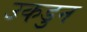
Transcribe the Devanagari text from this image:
उकडुन